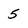
Character: 5